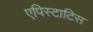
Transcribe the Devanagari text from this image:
एपिस्टाटिस